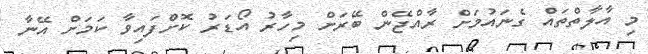
މި އާލާތްތައް ގެނައުމަށް ރާއްޖޭން ބޭރަށް މިހާރު އޯޑަރު ކޮށްފައިވާ ކަމަށް އޭނާ